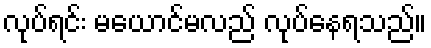
လုပ်ရင်း မယောင်မလည် လုပ်နေရသည်။